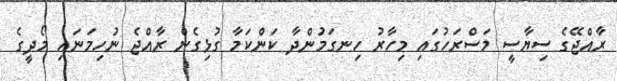
ރާއްޖޭގެ ސިޔާސީ މަސްރަހުގައި މިހާރު ހިނގަމުންދާ ކަންކަމާ ގުޅިގެން ރާއްޖެ ނުހިމަނައި މޯދީގެ